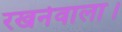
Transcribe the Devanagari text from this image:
रखनेवाला।